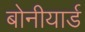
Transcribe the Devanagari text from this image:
बोनीयार्ड